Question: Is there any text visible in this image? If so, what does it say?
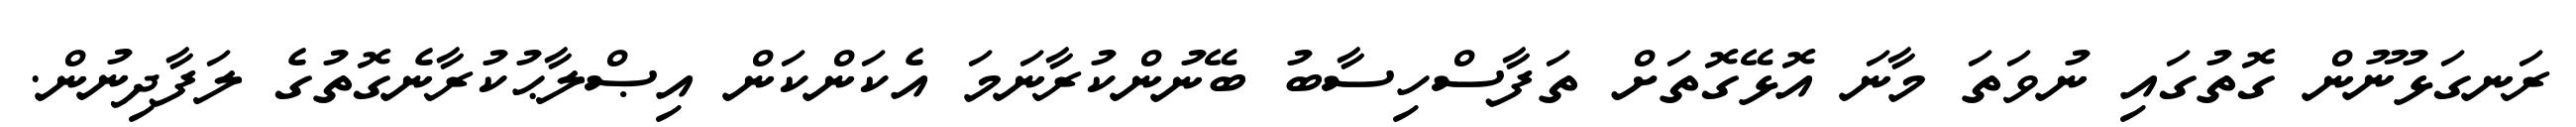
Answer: ރަނގަޅުނޫން ގޮތުގައި ނުވަތަ މާނަ އޮޅޭގޮތަށް ތަފާސްހިސާބު ބޭނުންކުރާނަމަ އެކަންކަން އިޞްލާޙުކުރާނެގޮތުގެ ލަފާދިނުން.